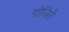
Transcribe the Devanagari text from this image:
गोजिरें